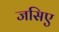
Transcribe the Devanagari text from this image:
जसिए